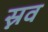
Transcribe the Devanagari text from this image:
स्नव